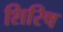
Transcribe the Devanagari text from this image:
शिरिष